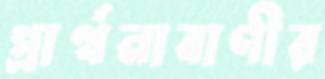
প্রার্থনাবাণীর